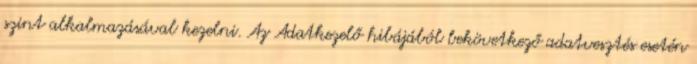
szint alkalmazásával kezelni. Az Adatkezelő hibájából bekövetkező adatvesztés esetén